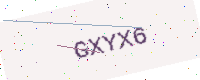
Text: GXYX6